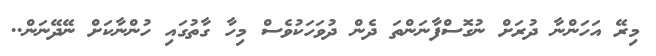
މިރޭ އަހަންނާ ދުރަށް ނުގޮސްފާނަންތަ ދެން ދުވަހަކުވެސް މިހާ ގާތުގައި ހުންނާކަށް ނޭދޭނަން..